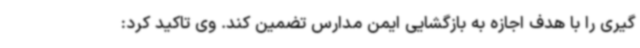
گیری را با هدف اجازه به بازگشایی ایمن مدارس تضمین کند. وی تاکید کرد: